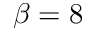
\beta = 8